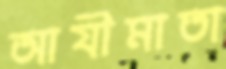
আযীমাতা